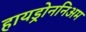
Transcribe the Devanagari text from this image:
हायड्रोननिअम